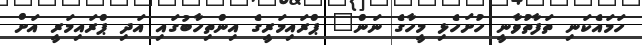
ހަމައެކަނި ތަފާތުވާނީ ހުށަހެޅި މީހާގެ ނަން" ޕްރައިމަރީގެ އިންތިހާބުގައި އަދި ޕްރައިމަރީ އަށް